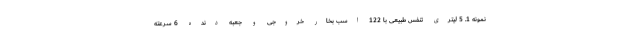
نمونه 1. 5 لیتری تنفس طبیعی با 122 اسب بخار خروجی و جعبه دنده 6 سرعته